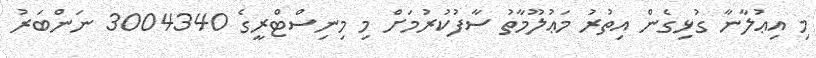
މި އިޢުލާނާ ގުޅިގެން އިތުރު މަޢުލޫމާތު ސާފުކުރުމަށް މި މިނިސްޓްރީގެ 3004340 ނަންބަރު